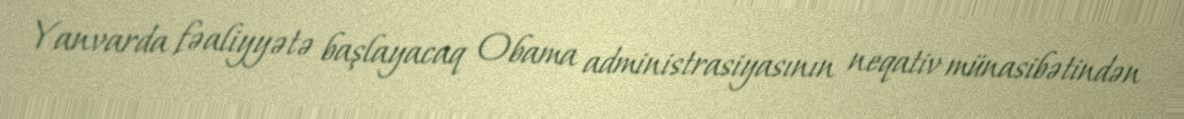
Yanvarda fəaliyyətə başlayacaq Obama administrasiyasının neqativ münasibətindən